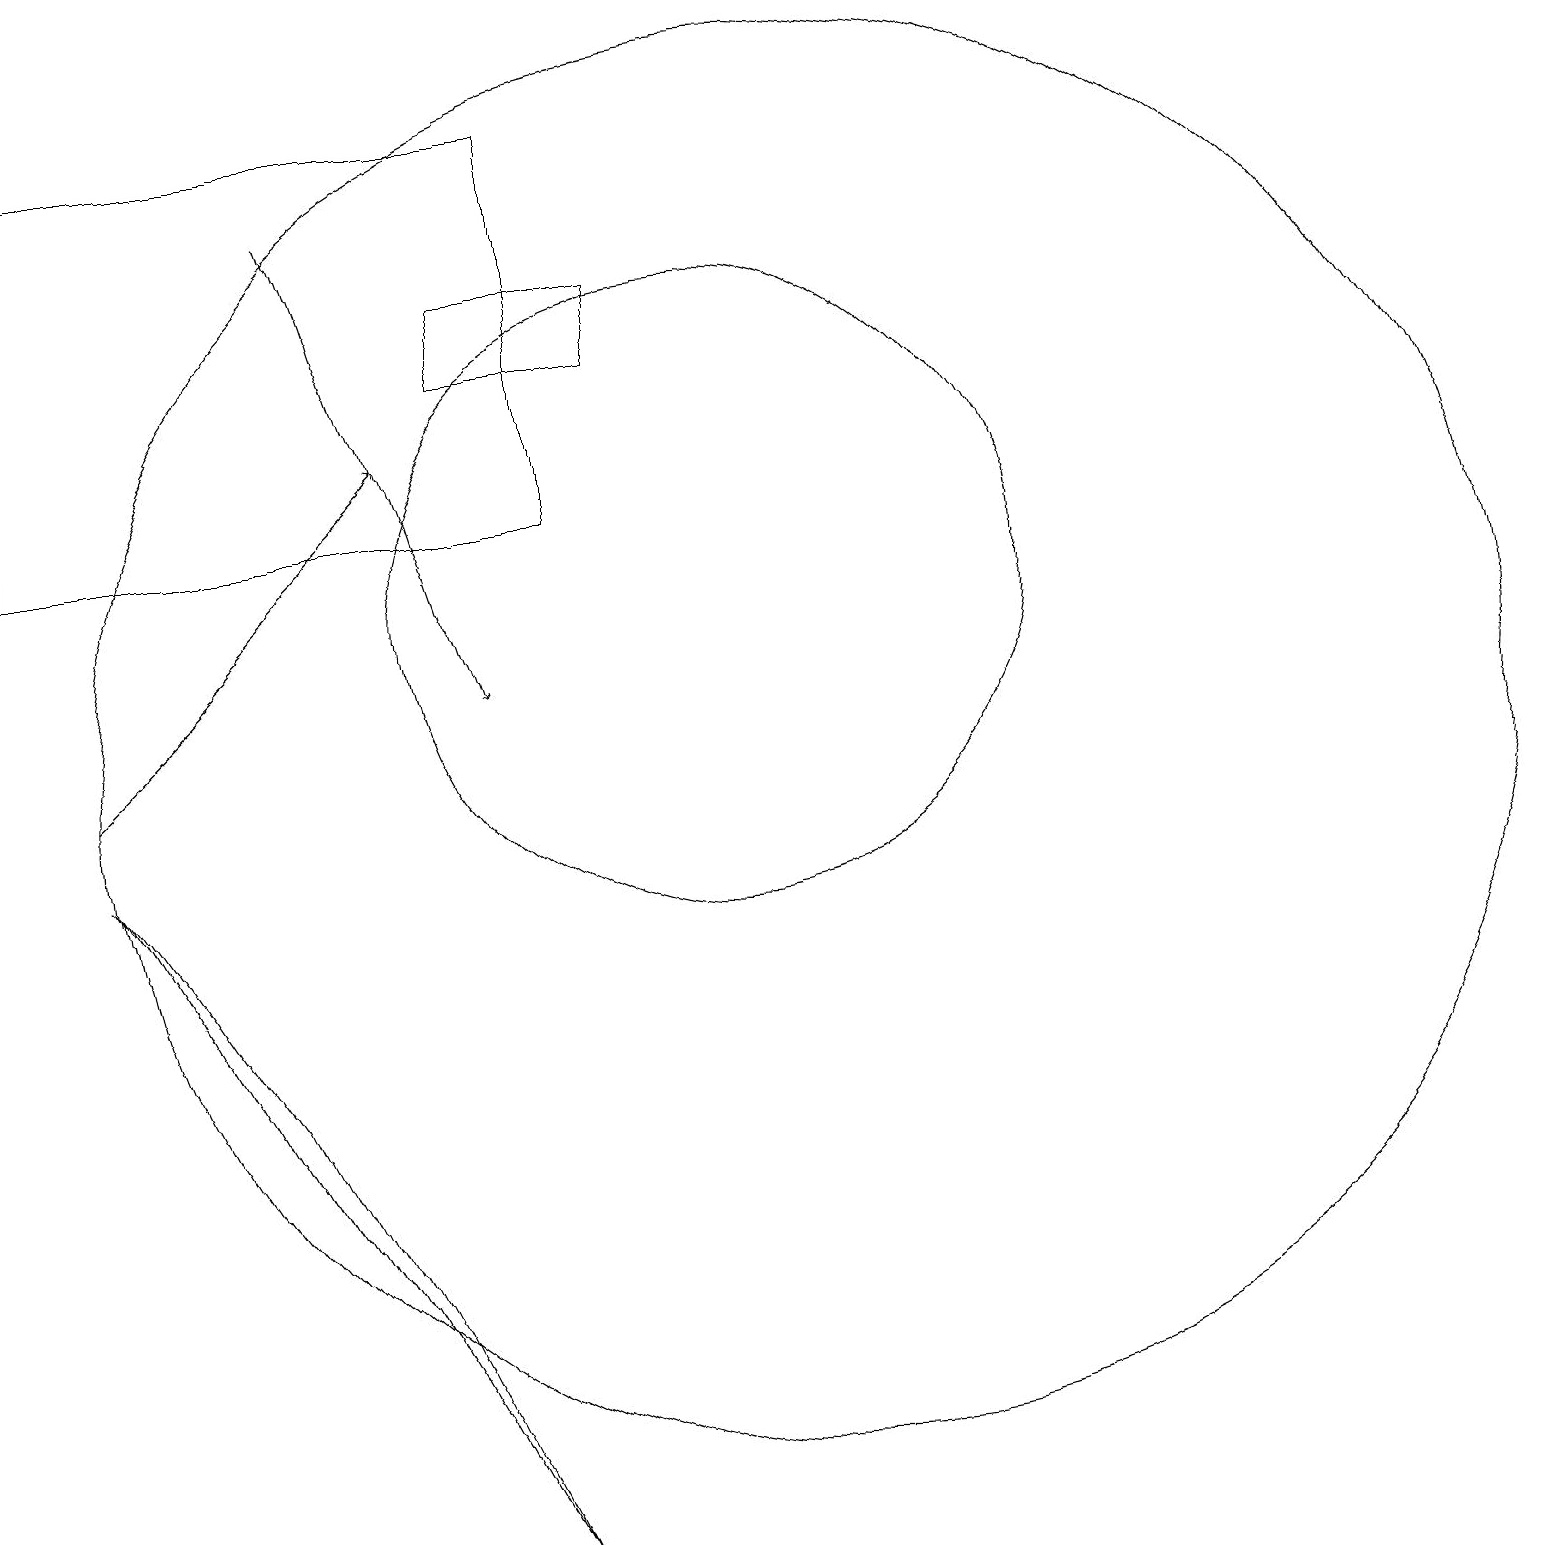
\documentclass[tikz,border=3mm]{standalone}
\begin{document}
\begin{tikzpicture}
\draw (11,10) circle (9);
\draw (7,15) rectangle (9,16);
\draw[->] (2,10) -- (6,14);
\draw (4,6) -- (7,0) -- (2,9) -- cycle;
\draw[->] (5,17) -- (7,11);
\draw (10,12) circle (4);
\draw (8,18) rectangle (1,13);
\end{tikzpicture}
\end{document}